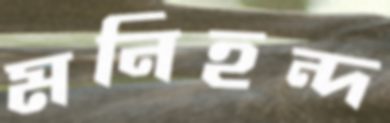
মনিহন্দ